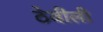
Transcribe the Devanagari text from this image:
ठेवीली